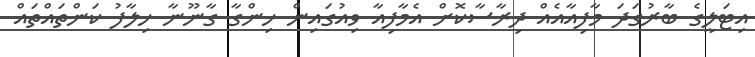
އިޓަލީގެ ބާރުގަދަ މާފިއާއެއް ދިރާސާކޮށް އެމާފިއާ ވިއުގައިން ހިންގާ ގާނޫނާ ހިލާފު ކަންތައްތައް